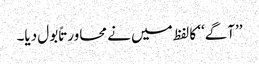
’’آگے‘‘ کا لفظ میں نے محاورتاً بول دیا۔